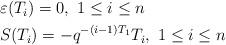
LaTeX: \begin{align*}\begin{aligned}&\varepsilon(T_i) = 0, ~1\leq i \leq n \\& S(T_i) = - {q^{-(i-1)T_1}} T_i,~1\leq i \leq n\end{aligned}\end{align*}